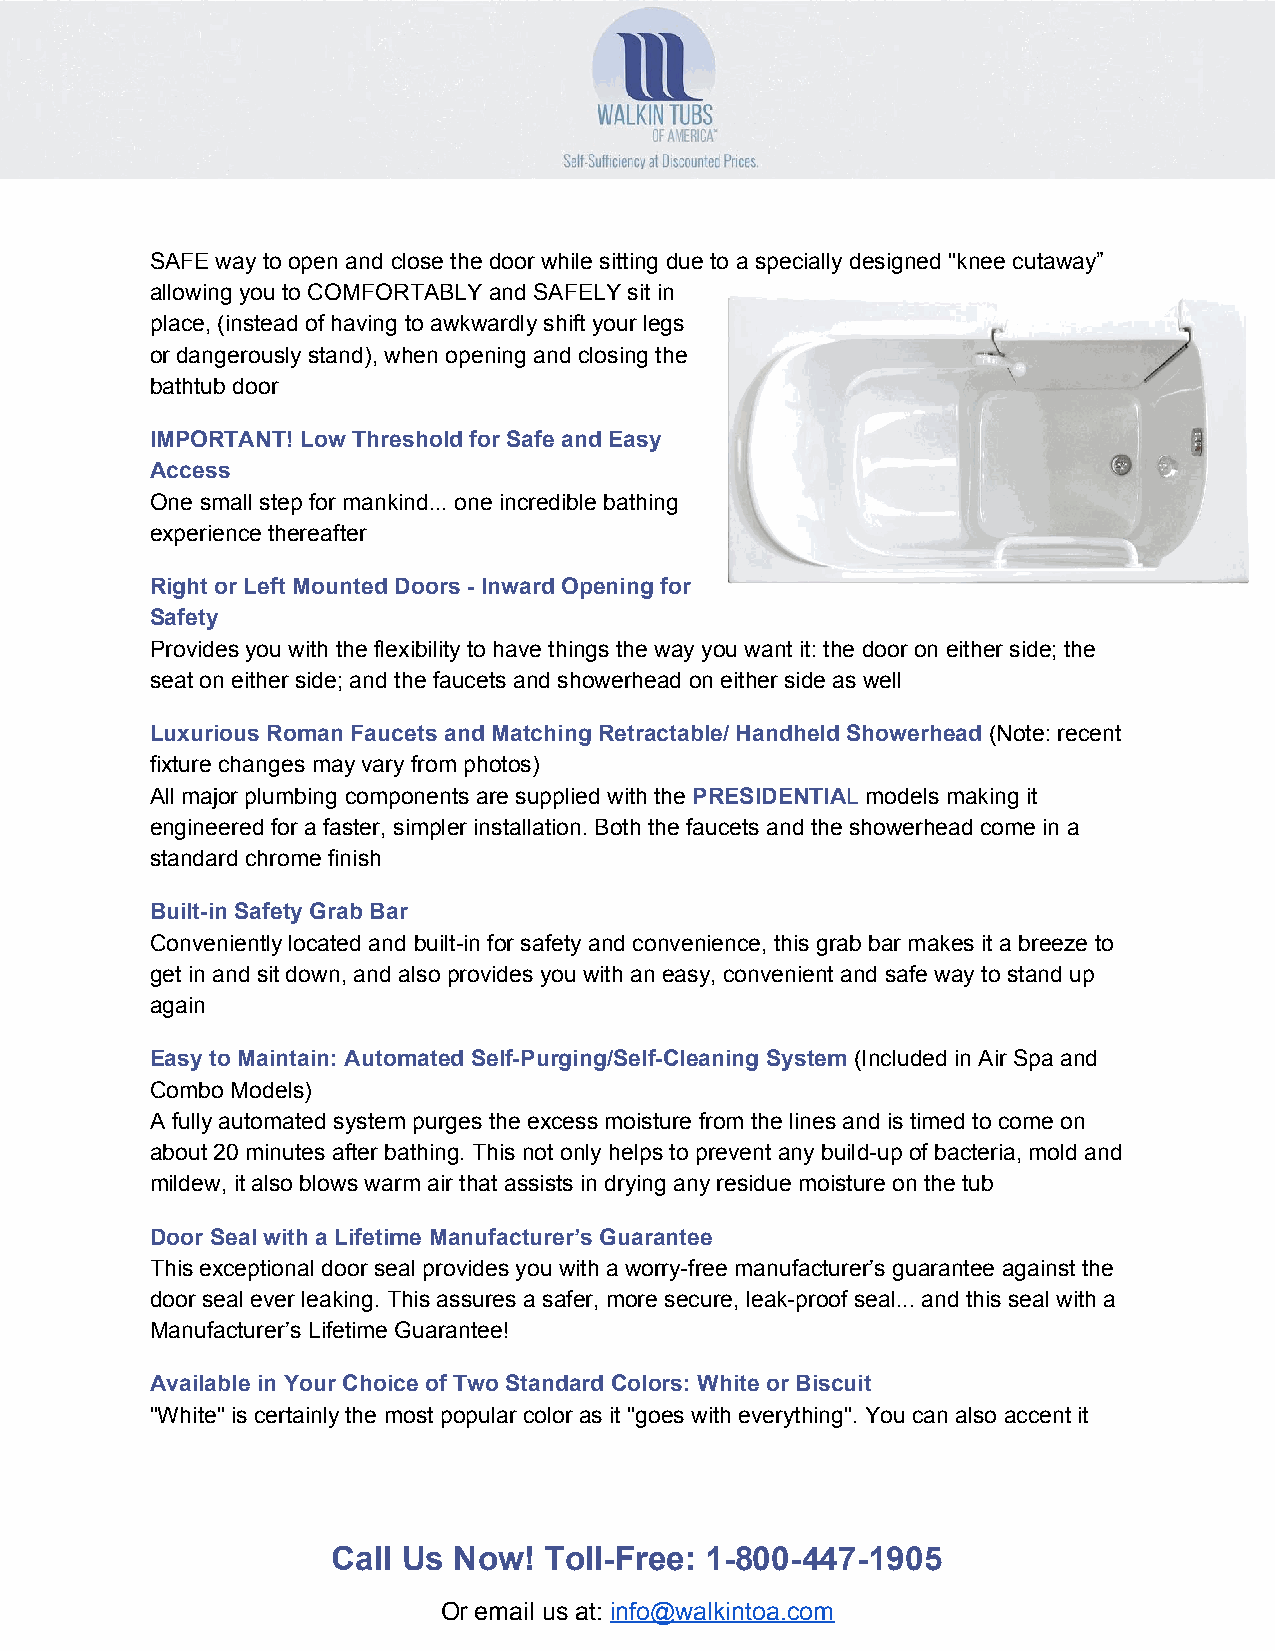
SAFE way to open and close the door while sitting due to a specially designed "knee cutaway”
 allowing you to COMFORTABLY and SAFELY sit in
 place, (instead of having to awkwardly shift your legs
 or dangerously stand), when opening and closing the
 bathtub door
 IMPORTANT! Low Threshold for Safe and Easy
 Access
 One small step for mankind... one incredible bathing
 experience thereafter
 Right or Left Mounted Doors - Inward Opening for
 Safety
 Provides you with the flexibility to have things the way you want it: the door on either side; the
 seat on either side; and the faucets and showerhead on either side as well
 Luxurious Roman Faucets and Matching Retractable/ Handheld Showerhead (Note: recent
 ​
 fixture changes may vary from photos)
 All major plumbing components are supplied with the PRESIDENTIAL models making it
 ​         ​ ​
 engineered for a faster, simpler installation. Both the faucets and the showerhead come in a
 standard chrome finish
 Built-in Safety Grab Bar
 Conveniently located and built-in for safety and convenience, this grab bar makes it a breeze to
 get in and sit down, and also provides you with an easy, convenient and safe way to stand up
 again
 Easy to Maintain: Automated Self-Purging/Self-Cleaning System (Included in Air Spa and
 ​
 Combo Models)
 A fully automated system purges the excess moisture from the lines and is timed to come on
 about 20 minutes after bathing. This not only helps to prevent any build-up of bacteria, mold and
 mildew, it also blows warm air that assists in drying any residue moisture on the tub
 Door Seal with a Lifetime Manufacturer’s Guarantee
 This exceptional door seal provides you with a worry-free manufacturer’s guarantee against the
 door seal ever leaking. This assures a safer, more secure, leak-proof seal... and this seal with a
 Manufacturer’s Lifetime Guarantee!
 Available in Your Choice of Two Standard Colors: White or Biscuit
 "White" is certainly the most popular color as it "goes with everything". You can also accent it
 Call Us Now!  Toll-Free: 1-800-447-1905
 Or email us at: info@walkintoa.com
 ​